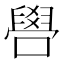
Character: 𠿟